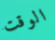
الوقت